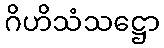
ဂိဟိသံသဋ္ဌော